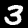
Label: 3